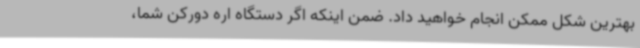
بهترین شکل ممکن انجام خواهید داد. ضمن اینکه اگر دستگاه اره دورکن شما،